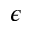
\epsilon